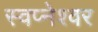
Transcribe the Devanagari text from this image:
स्वप्नेश्वर